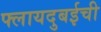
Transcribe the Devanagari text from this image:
फ्लायदुबईची